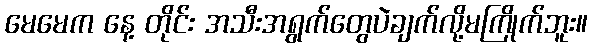
မေမေက နေ့ တိုင်း အသီးအရွက်တွေပဲချက်လို့မကြိုက်ဘူး။